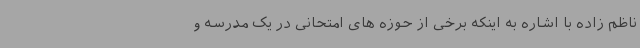
ناظم زاده با اشاره به اینکه برخی از حوزه های امتحانی در یک مدرسه و